Bréfritari: Gunnlaugur Oddsson
Dagsetning: A-1876-11-01
Skrifað á: Akureyri  Eyf.

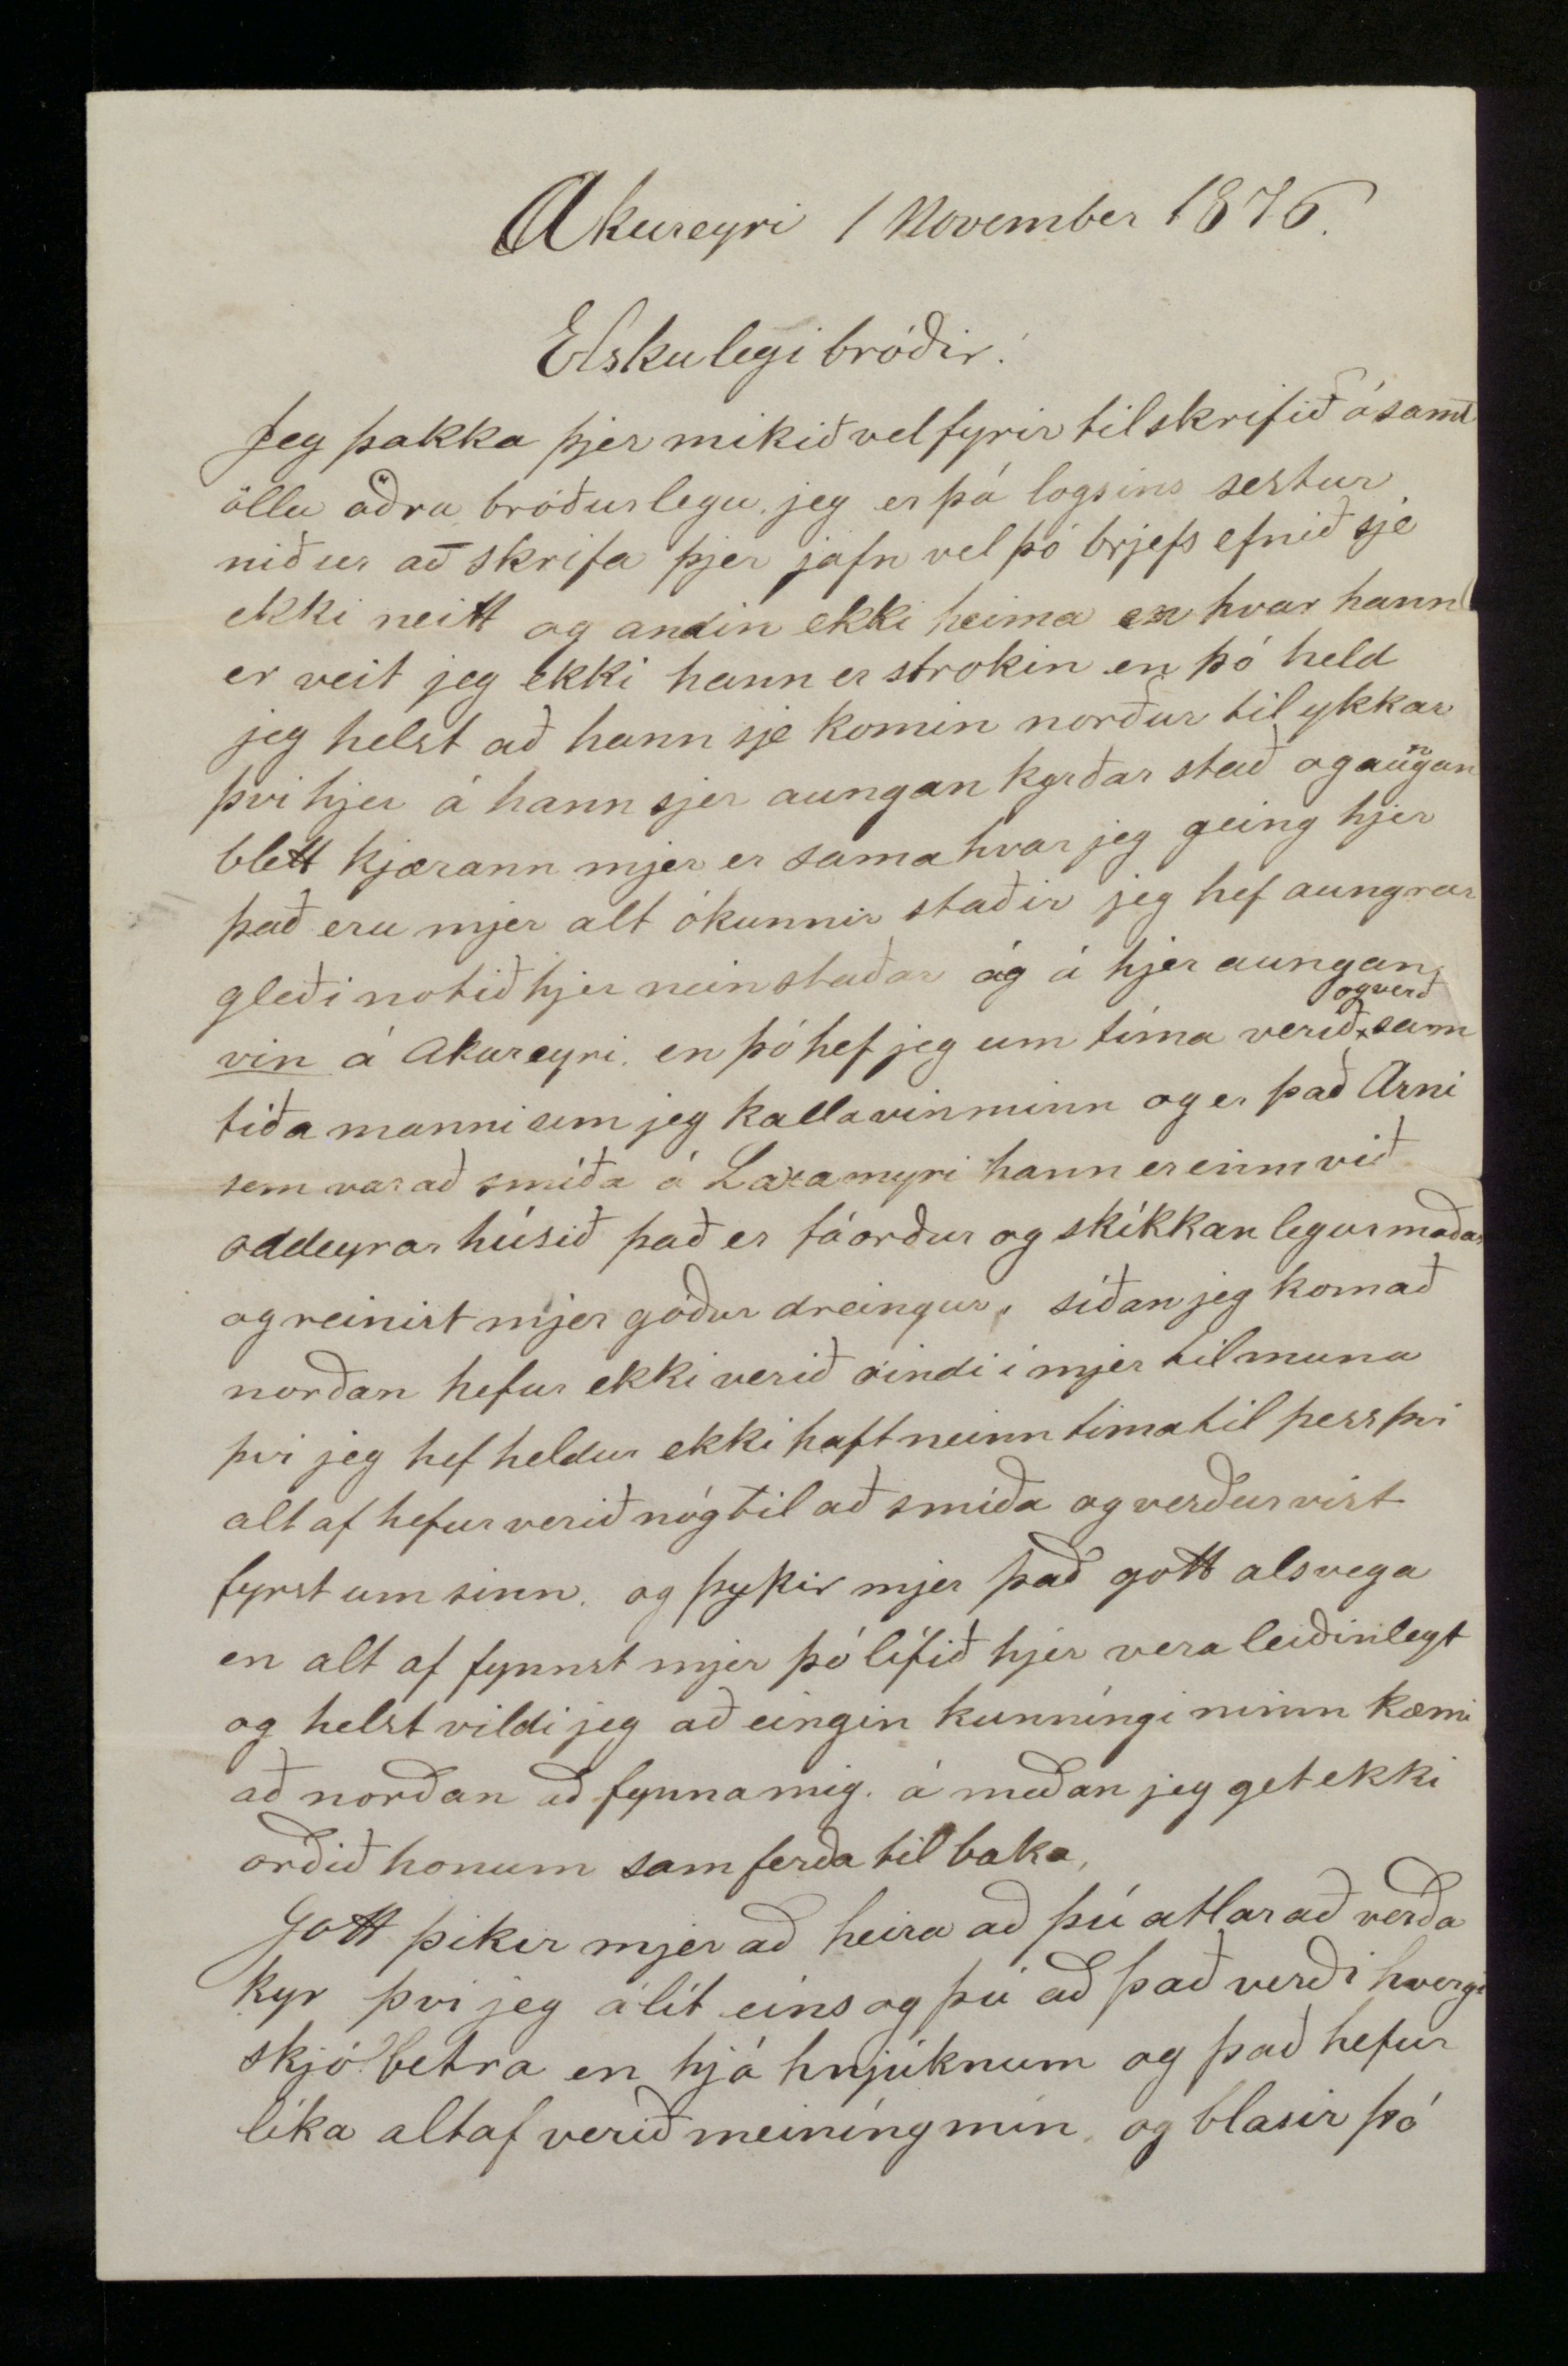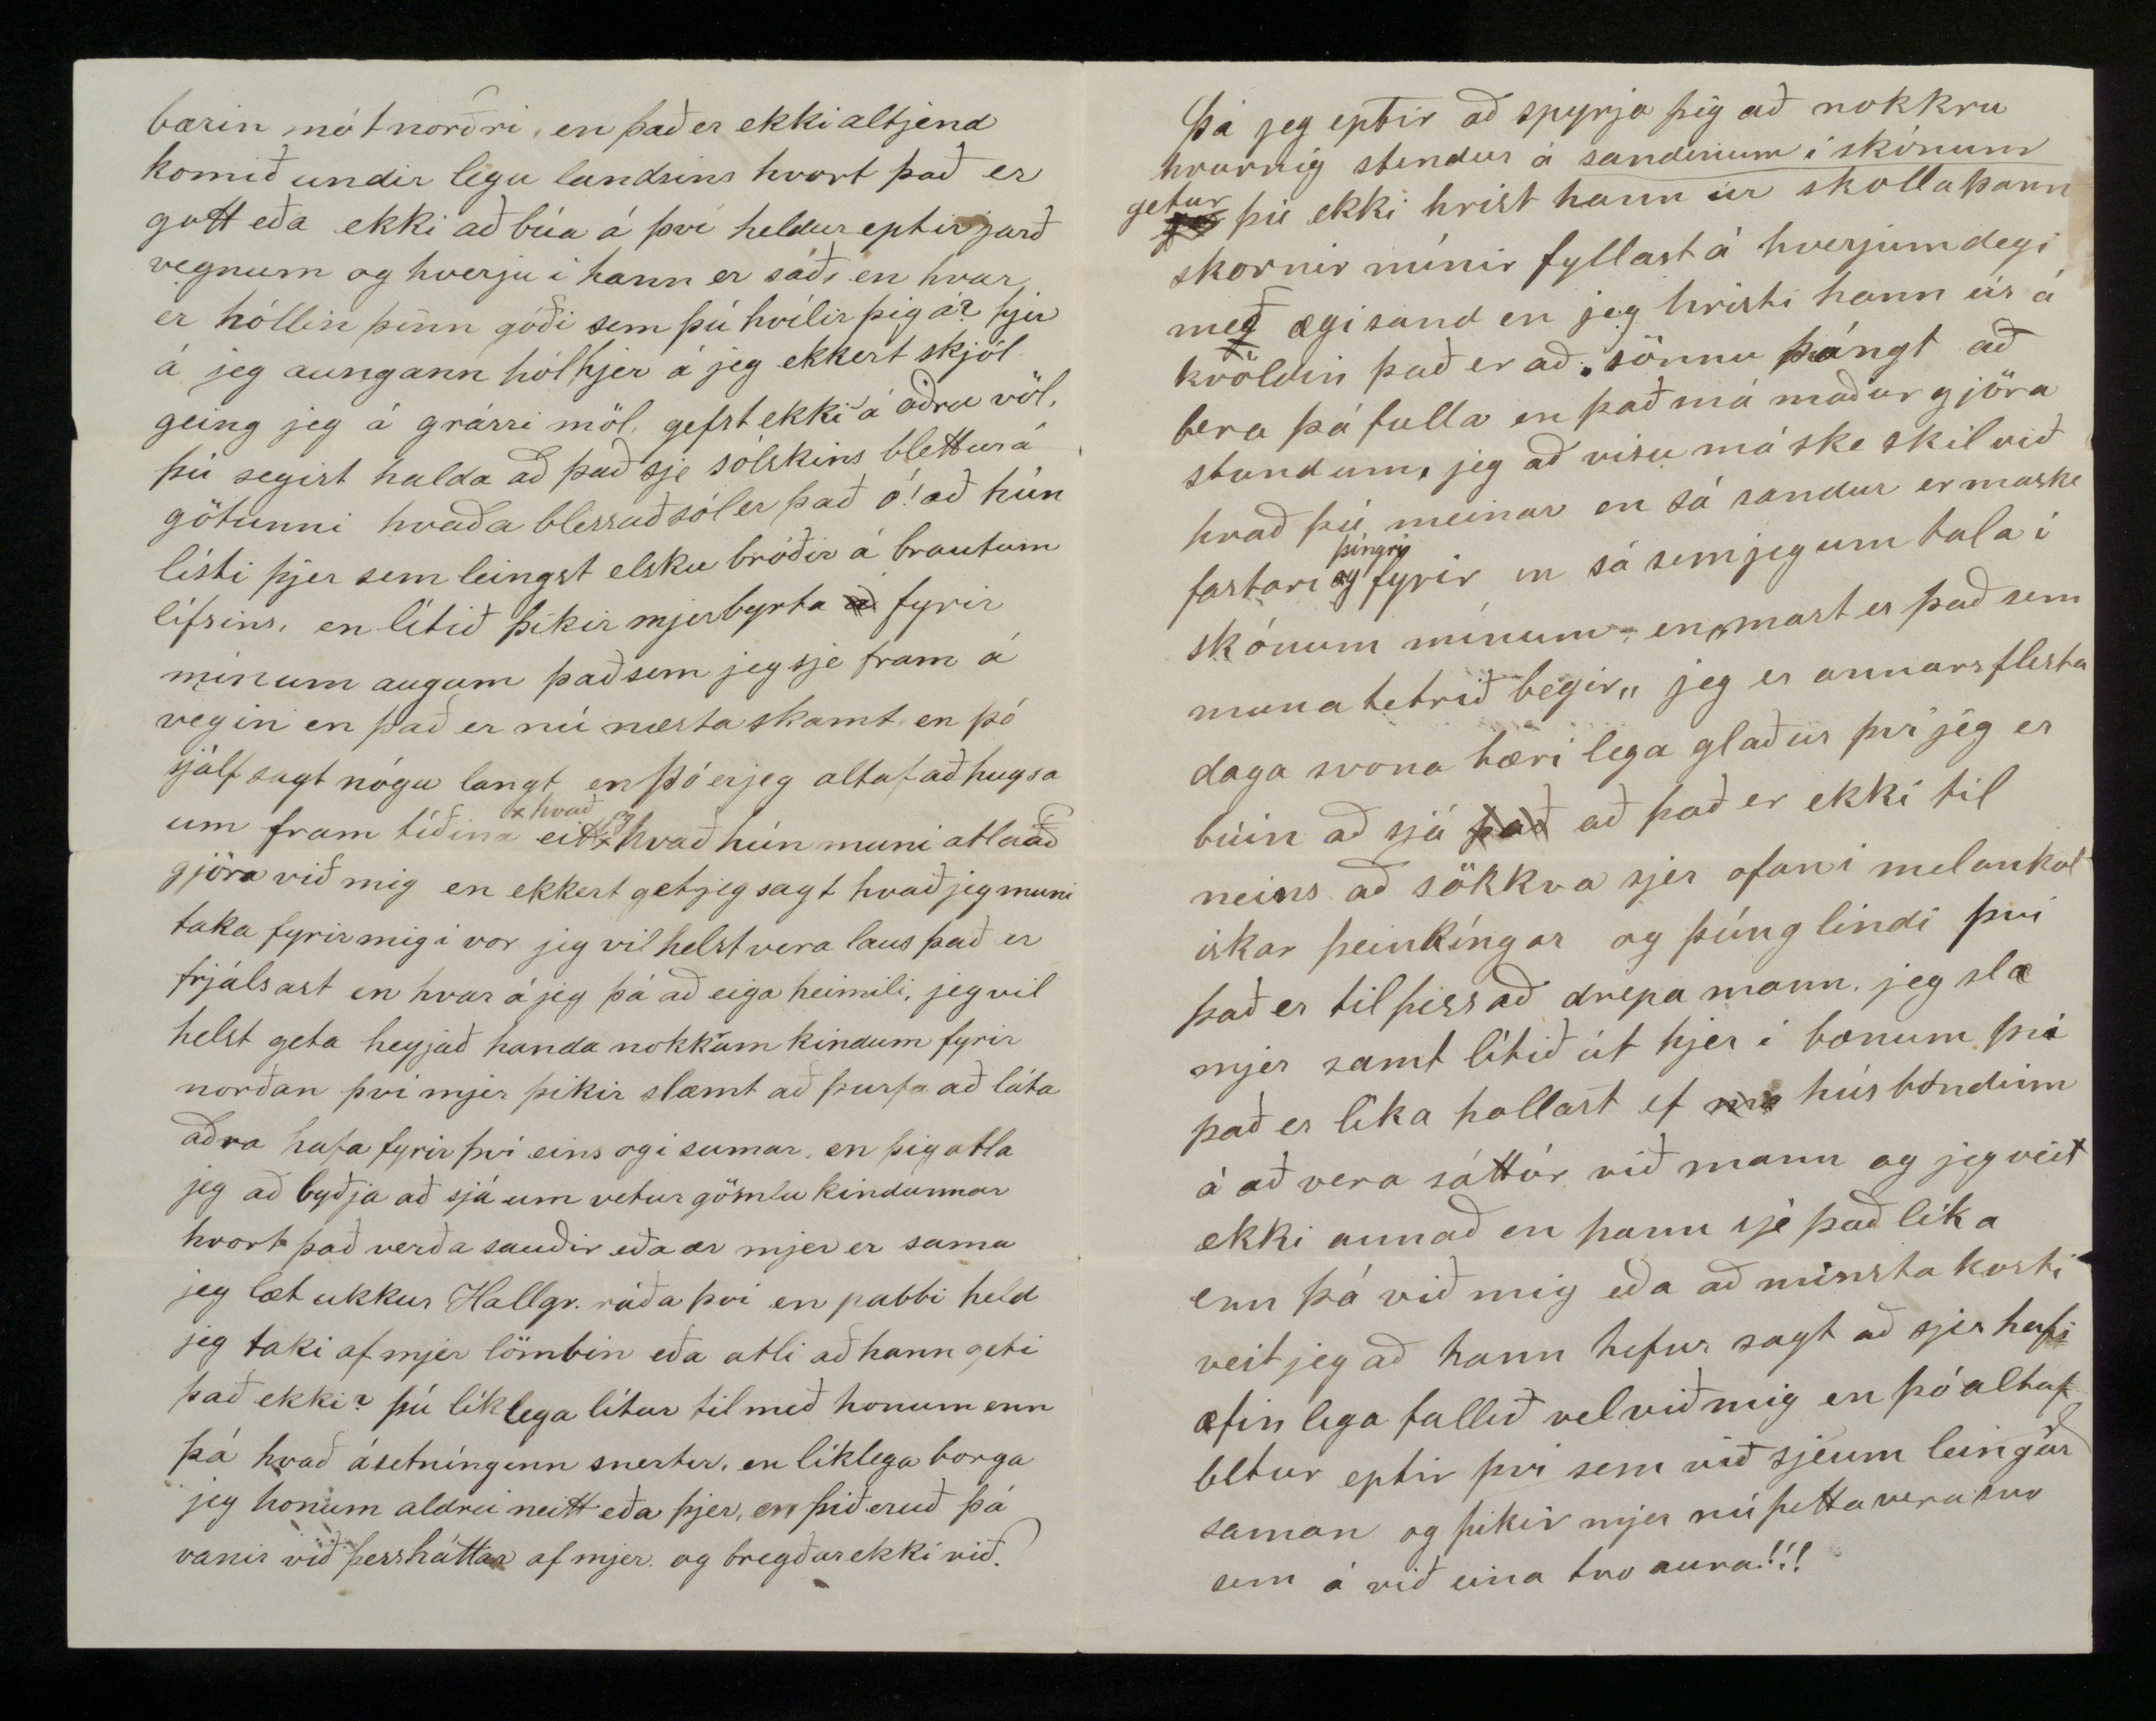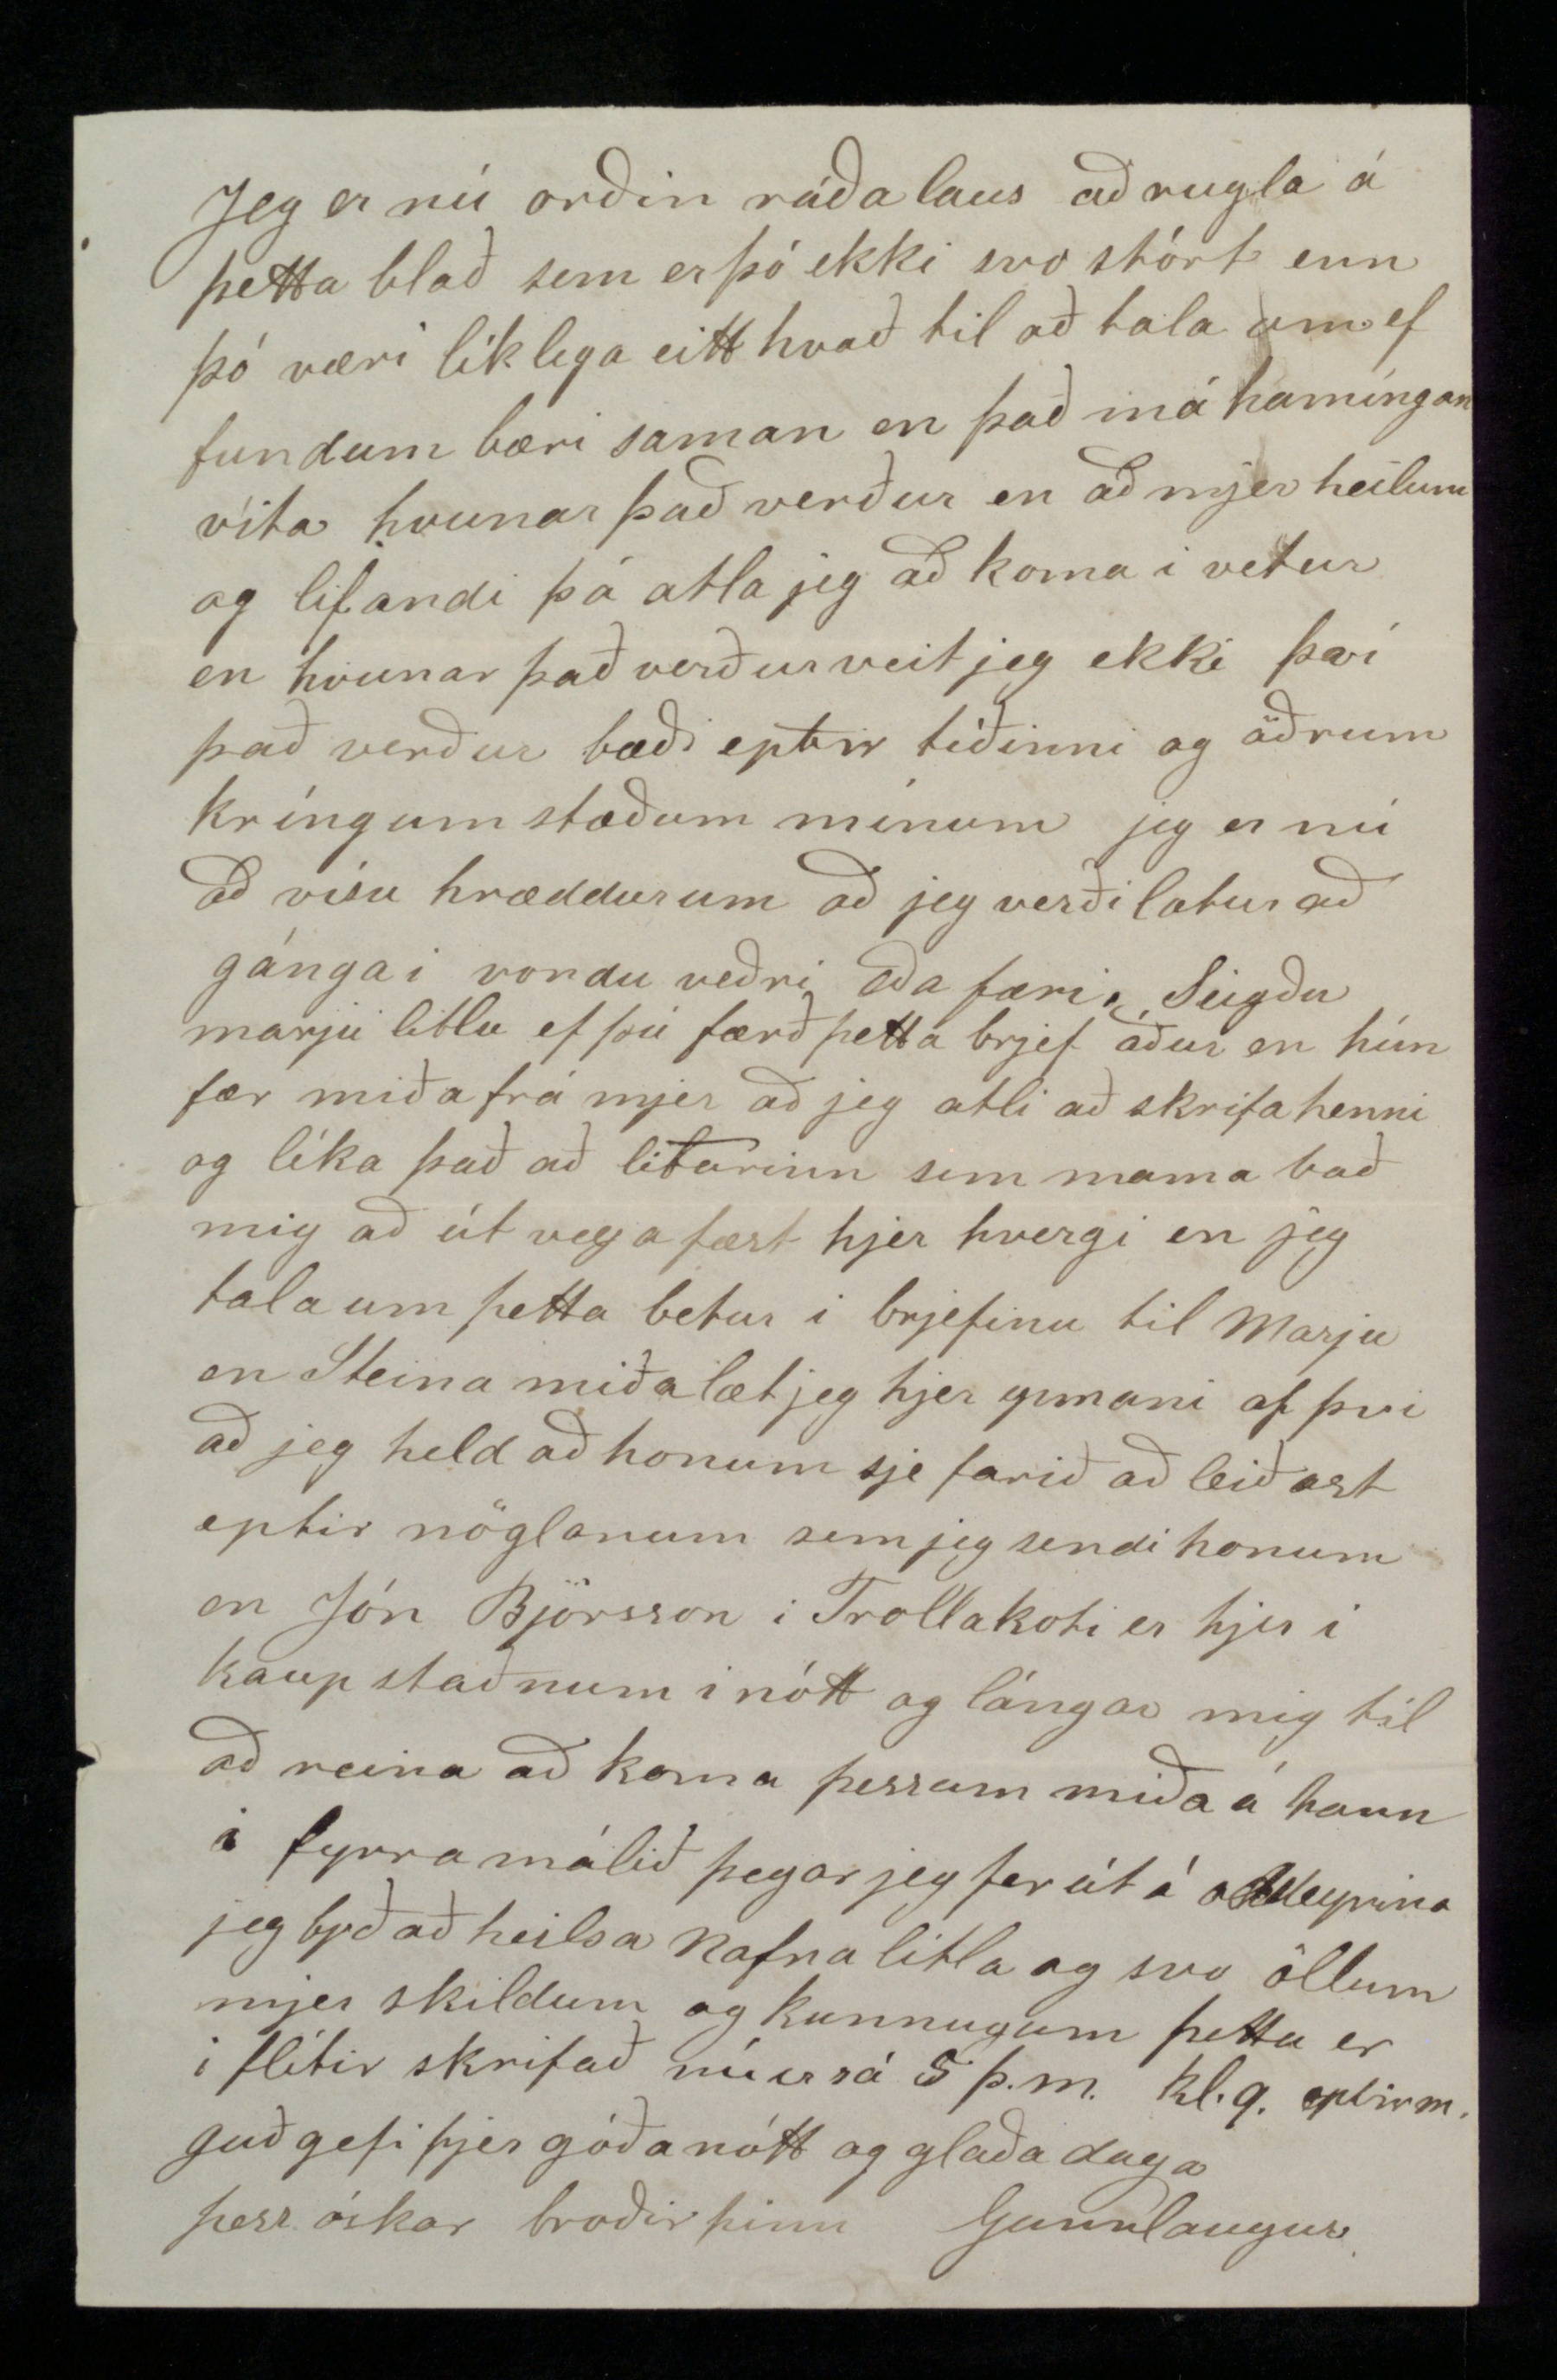

Akureyri 1 November 1876
Elskulegi bróðir!
Jeg þakka þjer mikið vel fyrir tilskrifið ásamt öllu öðru bróðurlegu jeg er þá logsins sestur niður að skrifa þjer jafn vel þó brjefs efnið sje ekki neitt og andin ekki heima en hvar hann er veit jeg ekki hann er strokin en þó held jeg helst að hann sje komin norður til ykkar því hjer á hann sjer aungan kyrðar stað og aungan blett kjærann mjer er sama hvar jeg geing hjer það eru mjer alt ókunnir staðir jeg hef aungrar gleði notið hjer neinstaðar og á hjer aungan
vin
á Akureyri en þó hef jeg um tíma verið
og verð
samtíða manni sem jeg kalla vin minn og er það Arni sem var að smíða á Laxamyri hann er einn við Oddeyrar húsið það er fáorður og skikkanlegur maður og reinist mjer góður dreingur síðan jeg kom að norðan hefur ekki verið óindi í mjer til muna því jeg hef heldur ekki haft neinn tíma til þess því altaf hefur verið nóg til að smíða og verður víst fyrst um sinn og þykir mjer það gott alsvega en altaf fynnst mjer þó lífið hjer vera leiðinlegt og helst vildi jeg að eingin kunníngi minn kæmi að norðan að fynna mig á meðan jeg get ekki orðið honum samferða til baka.
Gott þikir mjer að heira að þú ætlar að verða kyr því jeg álít eins og þú að það verði hvergi skjólbetra en hjá hnjúknum og það hefur líka altaf verið meiníng mín og blasir þó
bærin mót norðri en það er ekki altjend komið undir legu landsins hvort það er gott eða ekki að búa á því heldur eptir jarð vegnum og hverju í hann er sáð, en hvar er hóllin þinn góði sem þú hvílir þig á? hjer á jeg aungann hól hjer á jeg ekkert skjól geing jeg á grárri möl, gefst ekki á öðru völ, þú segist halda að það sje sólskins blettur á götunni hvaða blessuð sól er það ó! að hún lísti þjer sem leingst elsku bróðir á brautum lífsins, en lítið þikir mjer byrta
á
fyrir mínum augum það sem jeg sje fram á vegin en það er nú mesta skamt en þó sjálfsagt nógu langt en þó er jeg altaf að hugsa um fram tíðina eitt
hvað og
hvað hún muni atla að gjöra við mig en ekkert get jeg sagt hvað jeg muni taka fyrir mig í vor jeg vil helst vera laus það er frjálsast en hvar á jeg þá að eiga heimili, jeg vil helst geta heyjað handa nokkrum kindum fyrir norðan því mjer þikir slæmt að þurfa að láta aðra hafa fyrir því eins og í sumar, en þig atla jeg að byðja að sjá um vetur gömlu kindurnar hvort það verða sauðir eða ær mjer er sama jeg læt ukkur Hallgr. ráða því en pabbi held jeg taki af mjer lömbin eða atli að hann geti það ekki? þú líklega lítur til með honum enn þá hvað ásetnínginn snertir, en líklega borga jeg honum aldrei neitt eða þjer, en þið eruð þá vanir við þessháttar af mjer og bregður ekki við.
Þá jeg eptir að spyrja þig að nokkru hvurnig stendur á
sandinum í skónum
00
getur
þú ekki hrist hann úr skolla þann skornir mínir fyllast á hverjum degi með ægisand en jeg hristi hann úr á kvöldin það er að sönnu þúngt að bera þá fulla en það má maður gjöra stundum, jeg að vísu máske skil við hvað þú meinar en sá sandur er maske fastari og
þíngri
fyrir en sá sem jeg um tala í skónum mínum, en mart er það sem muna tetrið beyir„ jeg er annars flesta daga svona bærilega glaður því jeg er búin að sjá
það
að það er ekki til neins að sökkva sjer ofaní melankolískar þeinkíngar og þúng lindi því það er til þess að drepa mann, jeg slæ mjer samt lítið út hjer í bænum því það er líka hollast ef
ma
húsbóndinn á að vera sáttur við mann og jeg veit ekki annað en hann sje það líka enn þá við mig eða að minsta kosti veit jeg að hann hefur sagt að sjer hafi æfinlega fallið vel við mig en þó altaf betur eptir því sem við sjeum leingur saman og þikir mjer nú þetta vera svo sem á við eina tvo aura!!!
Jeg er nú orðin ráðalaus að rugla á þetta á blað sem er þó ekki svo stórt enn þó væri líklega eitthvað til að tala um ef fundum bæri saman en það má hamíngan vita hvunær það verður en að mjer heilum og lifandi þá atla jeg að koma í vetur en hvunar það verður veit jeg ekki því það verður bæði eptir tíðinni og öðrum kríngum stæðum mínum jeg er nú að vísu hræddur um að jeg verði latur að gánga í vondu veðri eða færi Seigðu marju litlu ef þú færð þetta brjef áður en hún fær miða frá mjer að jeg ætli að skrifa henni og líka það að liturinn sem mama bað mig að út vega fæst hjer hvergi en jeg tala um þetta betur í brjefinu til Marju en Steina miða læt jeg hjer ynnaní af því að jeg held að honum sje farið að leiðast eptir nöglonum sem jeg sendi honum en Jón Björsson í Trollakoti er hjer í kaupstaðnum í nótt og lángar mig til að reina að koma þessum miða á hann í fyrramálið þegar jeg fer út á
Akeyrina
jeg byð að heilsa nafna litla og svo öllum mjer skildum og kunnugum þetta er í flítir skrifað nú er 5 þ.m. kl. 9 eptir m.
guð gefi þjer góða nótt og glaða daga
þess óskar broðir þinn Gunnlaugur